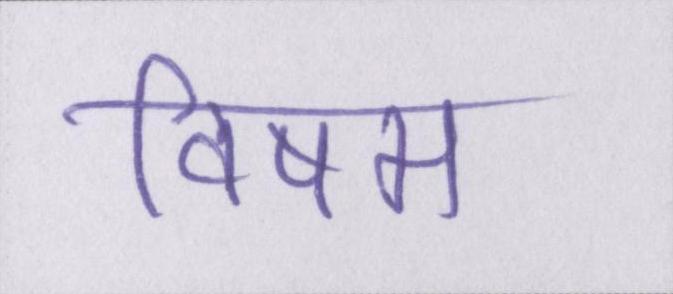
विषम